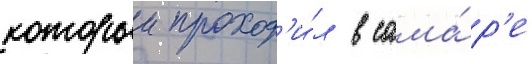
которыи проход'и́л в сама́р'е